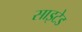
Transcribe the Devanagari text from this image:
साइटेड